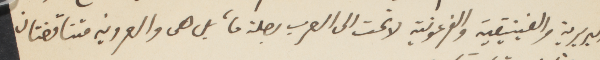
البربرية والفينيقية والفرعونية لا تمت الى العرب بصلة ما، بل هل والعروبة متناقضتان